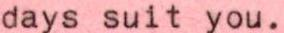
days suit you.